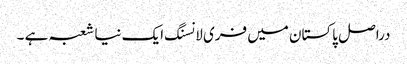
دراصل پاکستان میں فری لانسنگ ایک نیا شعبہ ہے ۔